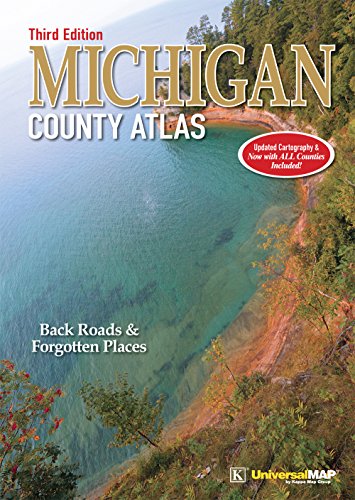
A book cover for Michigan County Atlas; David M. Brown; Travel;